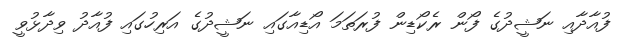
ފުއާދާއި ނަޝީދުގެ ފޯން ރެކޯޑިން ފުރަތަމަ އޯޑިއާގައި ނަޝީދުގެ އަރިހުގައި ފުއާދު ވިދާޅުވީ